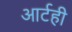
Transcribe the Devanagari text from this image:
आर्टही